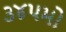
૩૪૫મો